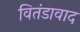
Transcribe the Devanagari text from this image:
वितंडावाद